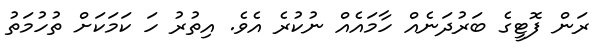
ރަން ފޮޓީގެ ބަރުދަނެއް ހާމައެއް ނުކުރެ އެވެ. އިތުރު ހަ ކަމަކަށް ތުހުމަތު